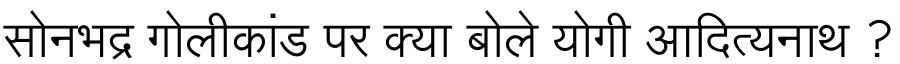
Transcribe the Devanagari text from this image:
सोनभद्र गोलीकांड पर क्या बोले योगी आदित्यनाथ ?